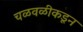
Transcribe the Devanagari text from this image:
चळवळीकडून